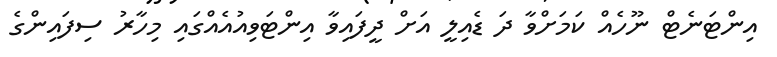
އިންޓަނެޓް ނޫހެއް ކަމަށްވާ ދަ ޑެއިލީ އަށް ދީފައިވާ އިންޓަވިއުއެއްގައި މިހާރު ސިފައިންގެ